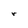
Character: r